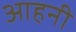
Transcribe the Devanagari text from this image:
आहनी